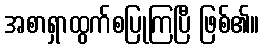
အစာရှာထွက်စပြုကြပြီ ဖြစ်၏။